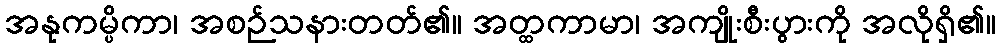
အနုကမ္ပိကာ၊ အစဉ်သနားတတ်၏။ အတ္ထကာမာ၊ အကျိုးစီးပွားကို အလိုရှိ၏။